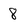
Character: 8